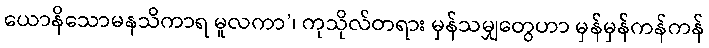
ယောနိသောမနသိကာရ မူလကာ’၊ ကုသိုလ်တရား မှန်သမျှတွေဟာ မှန်မှန်ကန်ကန်